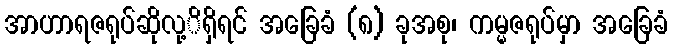
အာဟာရဇရုပ်ဆိုလု့ိရှိရင် အခြေခံ (၈) ခုအစု၊ ကမ္မဇရုပ်မှာ အခြေခံ